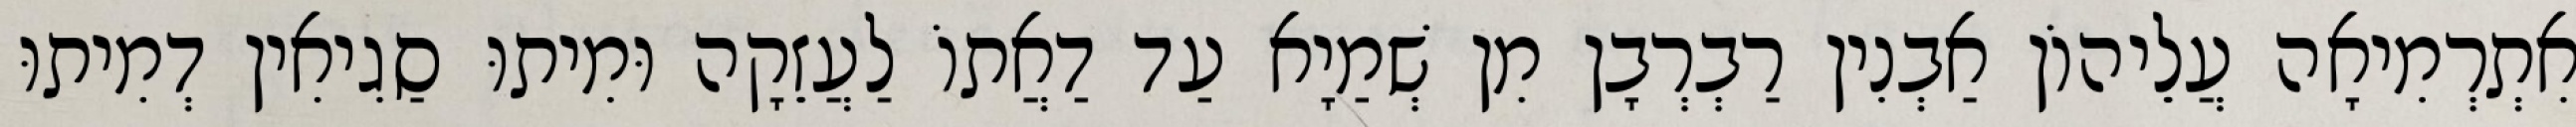
אִתְרְמִיאָה עֲלֵיהוֹן אַבְנִין רַבְרְבָן מִן שְׁמַיָא עַד דַאֲתוֹ לַעֲזֵקָה וּמִיתוּ סַגִיאִין דְמִיתוּ